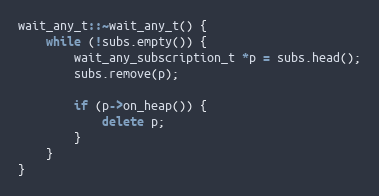
Language: C++
wait_any_t::~wait_any_t() {
    while (!subs.empty()) {
        wait_any_subscription_t *p = subs.head();
        subs.remove(p);

        if (p->on_heap()) {
            delete p;
        }
    }
}